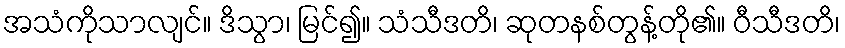
အသံကိုသာလျင်။ ဒိသွာ၊ မြင်၍။ သံသီဒတိ၊ ဆုတနစ်တွန့်တို၏။ ဝီသီဒတိ၊